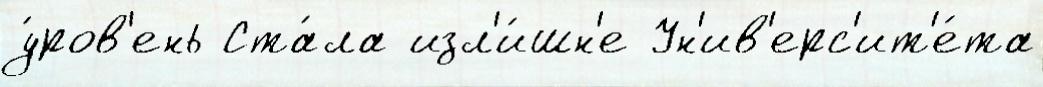
у́ров'ень Ста́ла изл'и́шн'е Ун'ив'ерс'ит'е́та